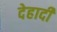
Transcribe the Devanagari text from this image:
देहादी